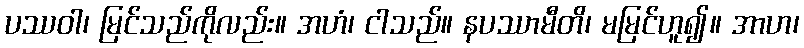
ပဿဝါ၊ မြင်သည်ကိုလည်း။ အဟံ၊ ငါသည်။ နပဿာမီတိ၊ မမြင်ဟူ၍။ အာဟ၊